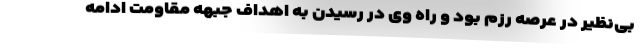
بی‌نظیر در عرصه رزم بود ‌و راه وی در رسیدن به اهداف جبهه مقاومت ادامه